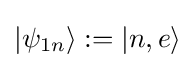
|\psi _{1n}\rangle :=|n,e\rangle